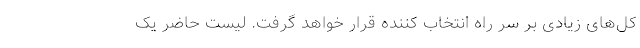
کل‌های زیادی بر سر راه انتخاب کننده قرار خواهد گرفت. لیست حاضر یک